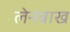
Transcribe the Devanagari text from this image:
लेनबाख